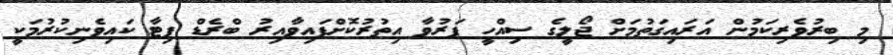
މި ބިރުވެރިކަމުން އަރައިގަތުމަށް ޖޯލީގެ ސިއްހީ ފަރުވާ އިތުރުކޮށްފައިވާއިރު ބްރެޑް ޕިޓާ ކައިވެނިކުރުމަކީ